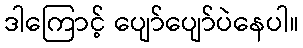
ဒါကြောင့် ပျော်ပျော်ပဲနေပါ။